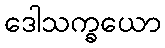
ဒေါသက္ခယော